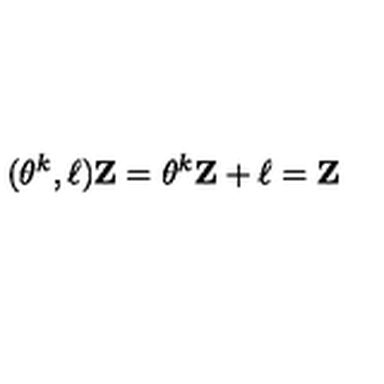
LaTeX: ( \theta ^ { k } , { \bf \ell } ) { \bf Z } = \theta ^ { k } { \bf Z } + { \bf \ell } = { \bf Z }